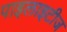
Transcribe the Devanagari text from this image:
पाइलाइटीज